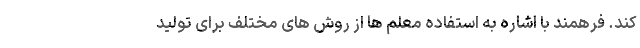
کند. فرهمند با اشاره به استفاده معلم ها از روش های مختلف برای تولید